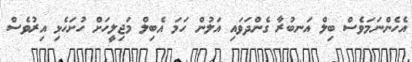
އެހެންނަމަވެސް ބިލް އަނބުރާ ގެންދަވައި އަލުން ހަމަ އެބިލް މަޖިލީހަށް ހުށަހެޅި އިރުވެސް